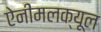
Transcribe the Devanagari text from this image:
ऐनीमलक्यूल